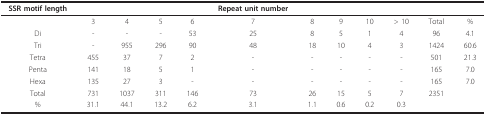
| SSR motif length |  |  |  |  | Repeat unit number |  |  |  |  |  |  |
 | --- | --- | --- | --- | --- | --- | --- | --- | --- | --- | --- | --- |
 |  | 3 | 4 | 5 | 6 | 7 | 8 | 9 | 10 | > 10 | Total | % |
 | Di | - | - | - | 53 | 25 | 8 | 5 | 1 | 4 | 96 | 4.1 |
 | Tri | - | 955 | 296 | 90 | 48 | 18 | 10 | 4 | 3 | 1424 | 60.6 |
 | Tetra | 455 | 37 | 7 | 2 | - | - | - | - | - | 501 | 21.3 |
 | Penta | 141 | 18 | 5 | 1 | - | - | - | - | - | 165 | 7.0 |
 | Hexa | 135 | 27 | 3 | - | - | - | - | - | - | 165 | 7.0 |
 | Total | 731 | 1037 | 311 | 146 | 73 | 26 | 15 | 5 | 7 | 2351 |  |
 | % | 31.1 | 44.1 | 13.2 | 6.2 | 3.1 | 1.1 | 0.6 | 0.2 | 0.3 |  |  |